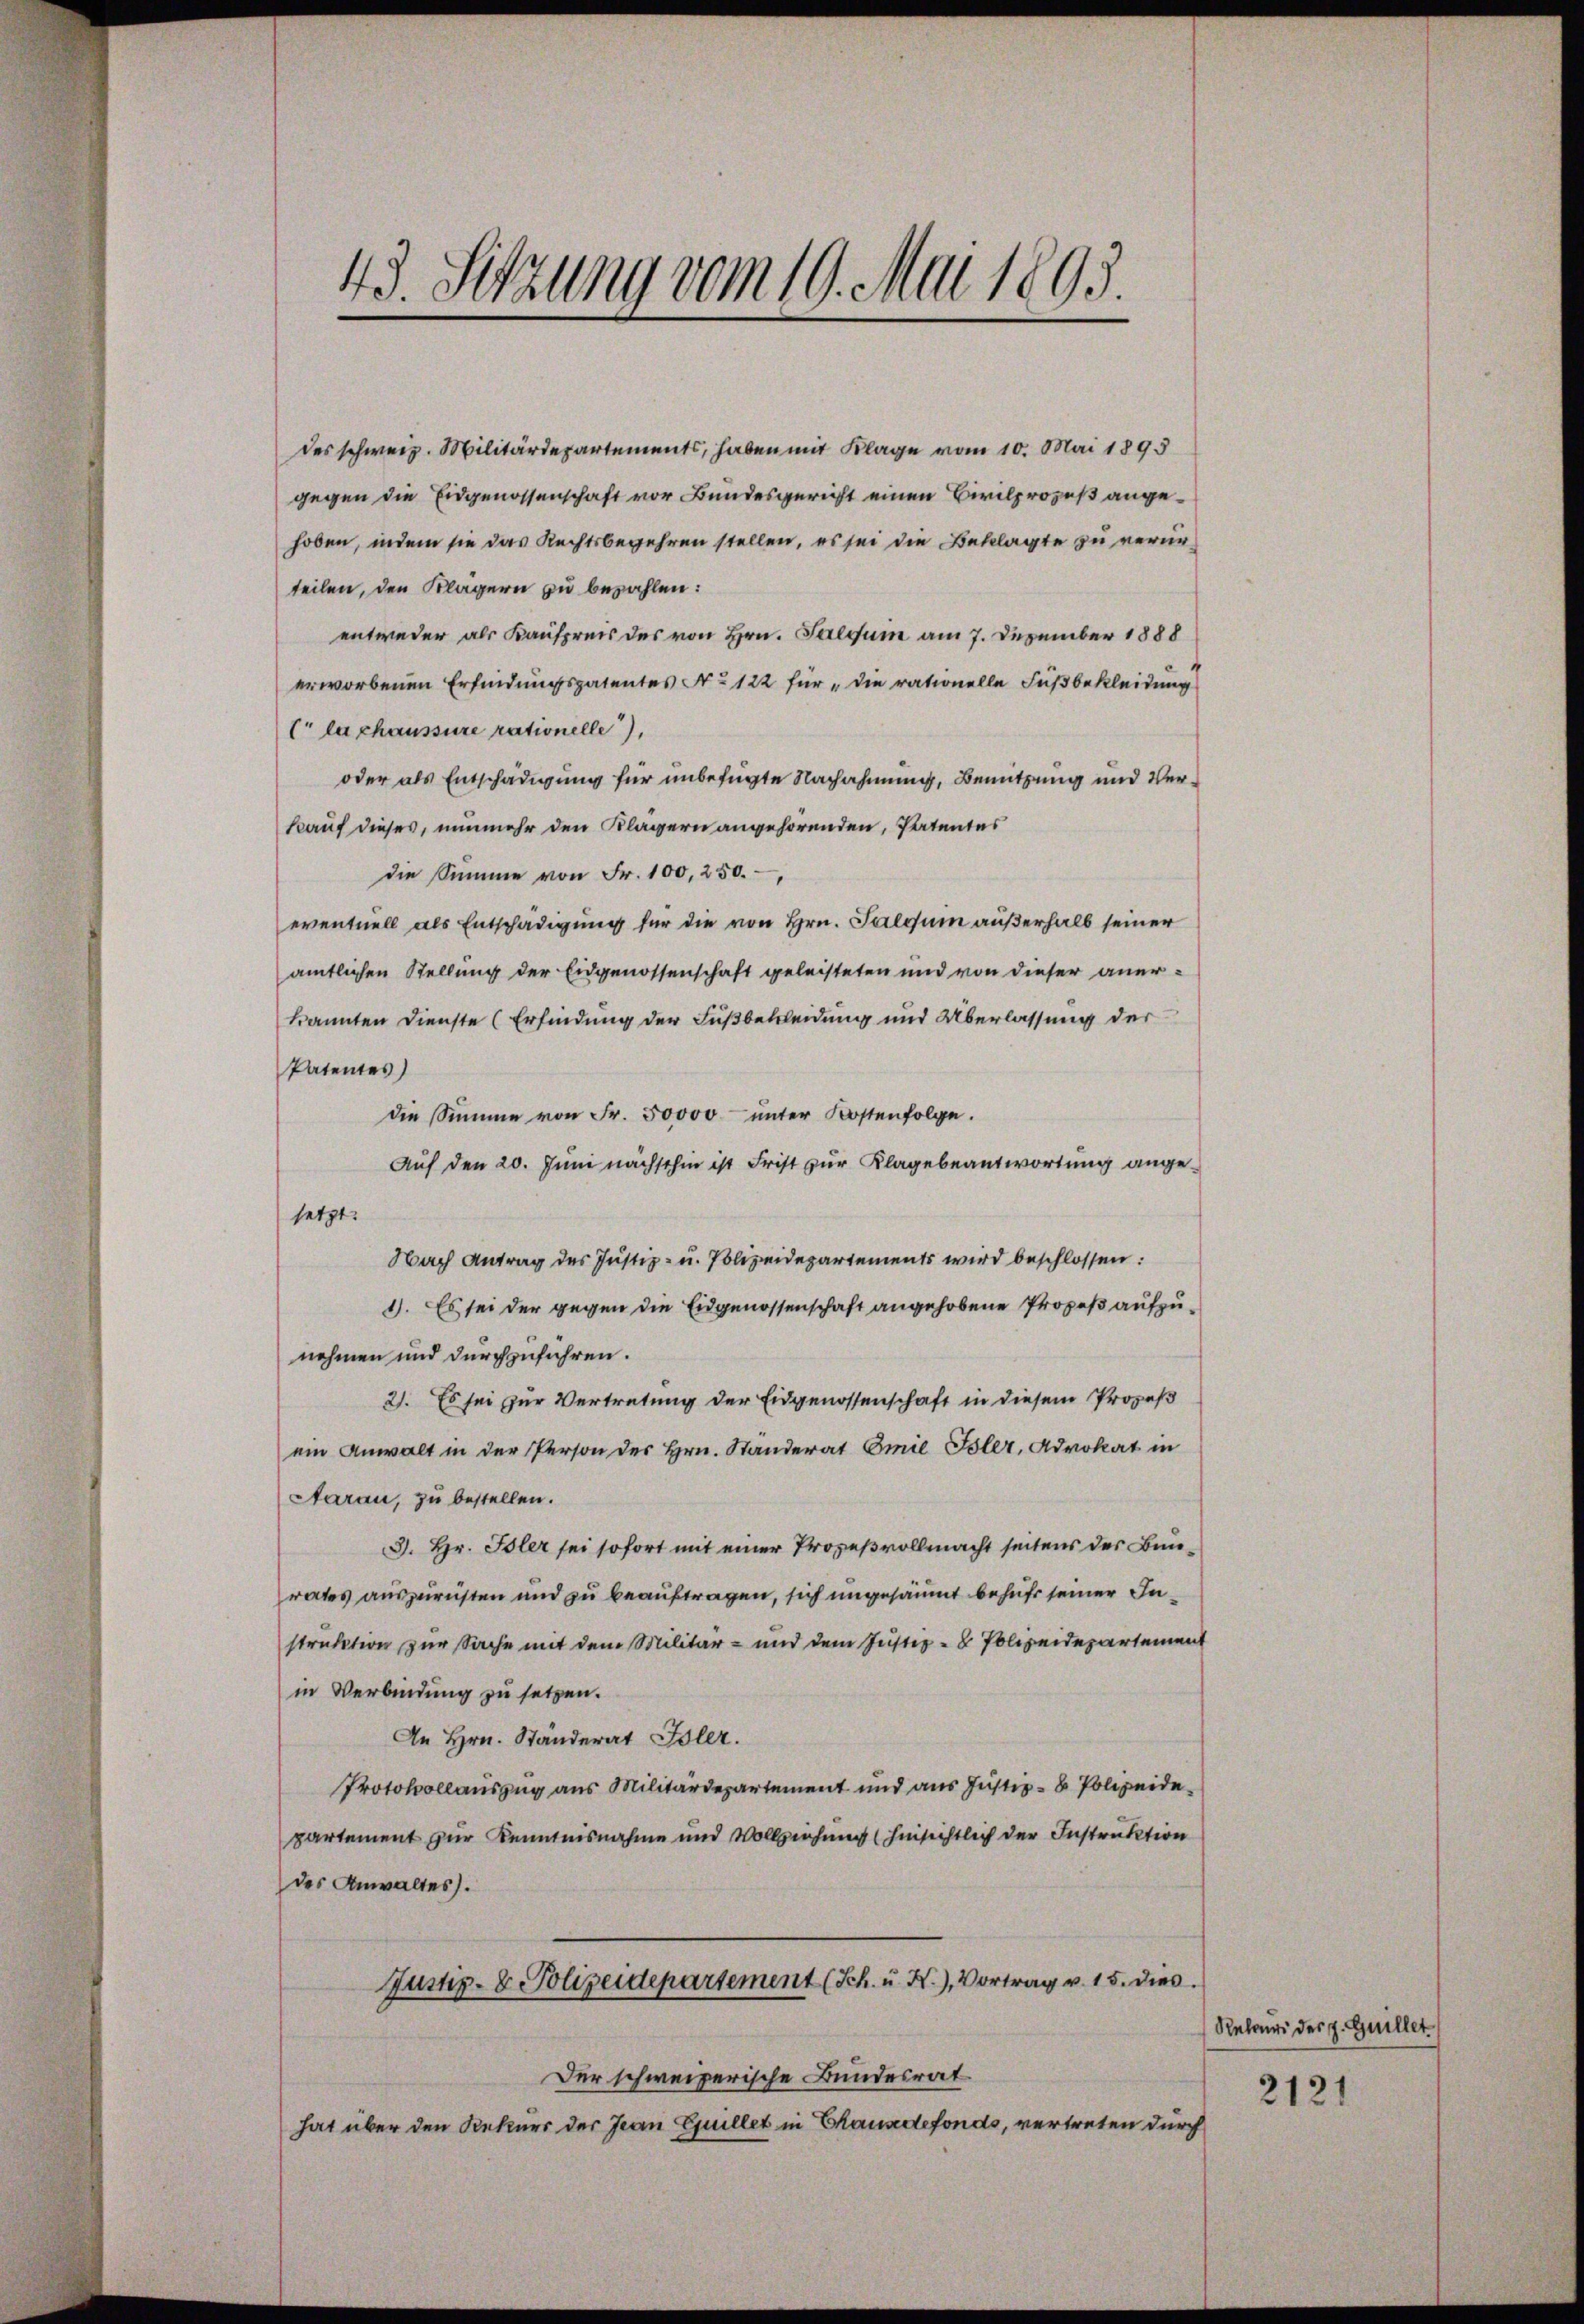
1.
43. Sitzung vom 19. Mai 189.

des schweiz. Militärdepartements, haben mit Klage vom 10. Mai 1893
gegen die Eidgenossenschaft vor Bundesgericht einen Civilprozeß angehoben, indem sie das Rechtsbegehren stellen, es sei die Beklagte zu verurteilen, den Klägern zu bezahlen:
entweder als Kaufpreis des von Hrn. Faegum am 7. Dezember 1888
erworbenen Erfindungspatentes No 122 für die rationelle Fußbekleidung
Cr la chaussure rationelle),
oder als Entschädigung für unbefügte Nachahmung, Benützung und Verkauf dieses, nunmehr den Klägern angehörenden, Patentes
die Summe von Fr. 100, 250.
eventuell als Entschädigung für die von Hrn. Salvum außerhalb seiner
amtlichen Stellung der Eidgenossenschaft geleisteten und von dieser anerkannten Dienste (Erfindung der Fußbekleidung und Überlassung der
Patentes)
die Summe von Fr. 50000 unter Kostenfolge.
Auf den 20. Juni nächsthin ist Frist zur Klagebeantwortung angesetzt.
Nach Antrag des Justiz- u. Polizeidepartements wird beschlossen:
1). Es sei der gegen die Eidgenossenschaft angehobene Propeß aufzunehmen und durchzuführen.
21. Es sei zur Vertretung der Eidgenossenschaft in diesem Prozeß
ein Anwalt in der Person des Hrn. Standerat Emil Isler, Advokat in
Aarau, zu bestellen.
3. Hr. Isler sei sofort mit einer Prozeßvollmacht seitens des Bunrates auszurüsten und zu beauftragen, sich ungesäumt behufs seiner Instruktion zur Sache mit dem Militär- und dem Justiz- & Polizeidepartement
in Verbindung zu setzen.
An Hrn. Ständerat Toler.
Protokollauszug aus Militärdepartement und aus Justiz- & Polizeide
partement zur Kenntnisnahme und Vollziehung (hinsichtlich der Instruktion
des Anwaltes).
Justiz- & Polizeidepartement (Sch. u. X.), Vortrag v. 15. dies
Der schweizerische Bundesrat
hat über den Rekurs der Jean Guillet in Chausedefonds, vertreten durch

Relours des J. Guillet

2121